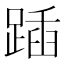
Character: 𨂵